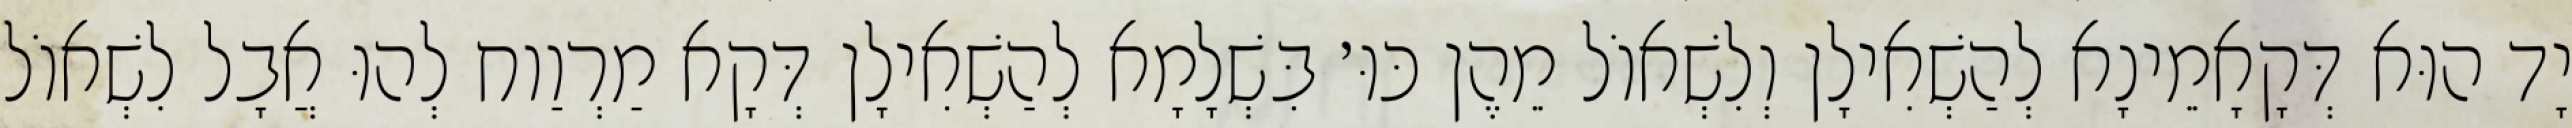
יָד הוּא דְּקָאָמֵינָא לְהַשְׁאִילָן וְלִשְׁאוֹל מֵהֶן כּוּ׳ בִּשְׁלָמָא לְהַשְׁאִילָן דְּקָא מַרְוַוח לְהוּ אֲבָל לִשְׁאוֹל